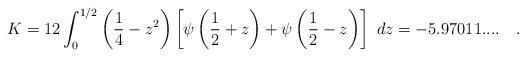
LaTeX: \begin{align*}K=12 \int_{0}^{1/2} \left({1 \over 4} - z^2\right)\left[\psi\left({1 \over 2} + z\right)+\psi\left({1 \over 2} - z\right)\right]~dz= - 5.97011....~~~.\end{align*}